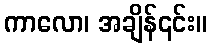
ကာလော၊ အချိန်၎င်း။